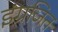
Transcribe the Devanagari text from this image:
इंग्रजित